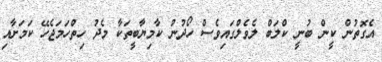
އެގޮތުން ކީން ބުނީ ކްލަބް ލެވެލްގައިވެސް ހޯދުނު ކާމިޔާބީތަކާ މެދު ހިތްހަމަޖެހޭ ކަމަށާއި